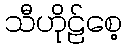
သီဟိုဠ်စေ့